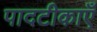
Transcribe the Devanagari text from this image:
पादटीकाएँ